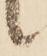
候